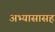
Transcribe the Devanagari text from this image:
अभ्यासासह